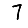
Digit: 7